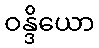
ဝန္ဒိယော